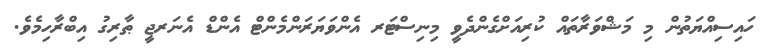
ހައިސިއްޔަތުން މި މަޝްވަރާތައް ކުރިއަށްގެންދެވީ މިނިސްޓަރ އެންވަޔަރަންމެންޓް އެންޑް އެނަރޖީ ޠާރިގު އިބްރާހިމެވެ.